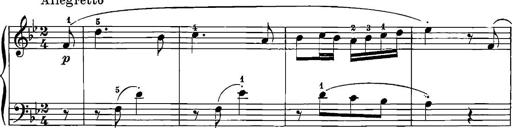
Title: 12 Sonatinas
Composer: Ignaz Pleyel